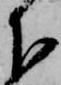
下